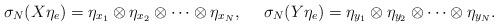
LaTeX: \begin{align*}& \sigma_N (X \eta_e) = \eta_{x_1} \otimes \eta_{x_2} \otimes \cdots \otimes \eta_{x_N}, && \sigma_N (Y \eta_e) = \eta_{y_1} \otimes \eta_{y_2} \otimes \cdots \otimes \eta_{y_N}.\end{align*}